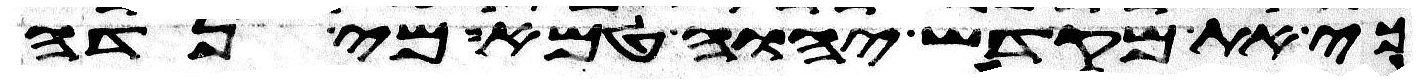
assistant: כי את מקדש יהוה טמא מי נדה